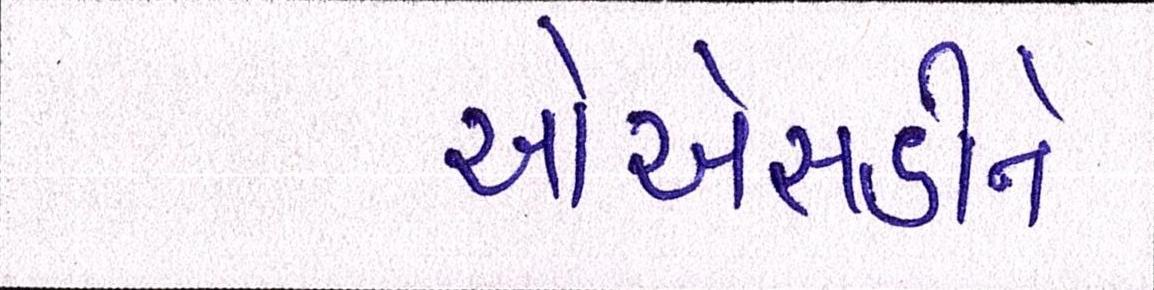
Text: ઓએસડીને